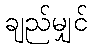
ချည်မျှင်